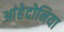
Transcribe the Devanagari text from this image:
आंहेदोनिया